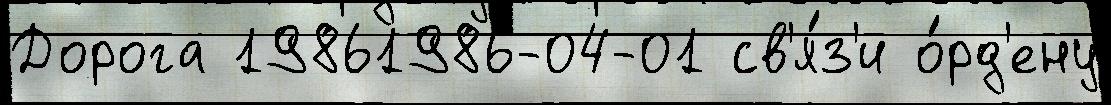
Дорога 19861986-04-01 св'я́з'и о́рд'ену